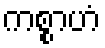
ကစ္စာဟံ